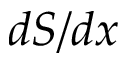
d S / d x